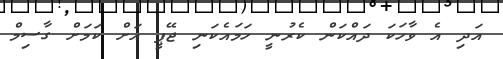
އަދި އެ ވާހަކަ ދައްކަން ކެރުނީ ހަމައެކަނި ޖޭޕީ އަށް ކަމަށް ގާސިމް